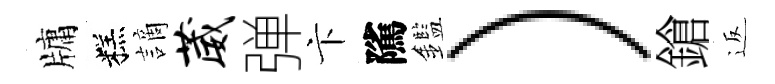
牗糕謫葳弹卞隲鑑）鎗返